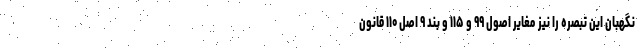
نگهبان این تبصره را نیز مغایر اصول ۹۹ و ۱۱۵ و بند ۹ اصل ۱۱۰ قانون